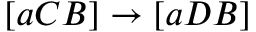
[ a C B ] \rightarrow [ a D B ]